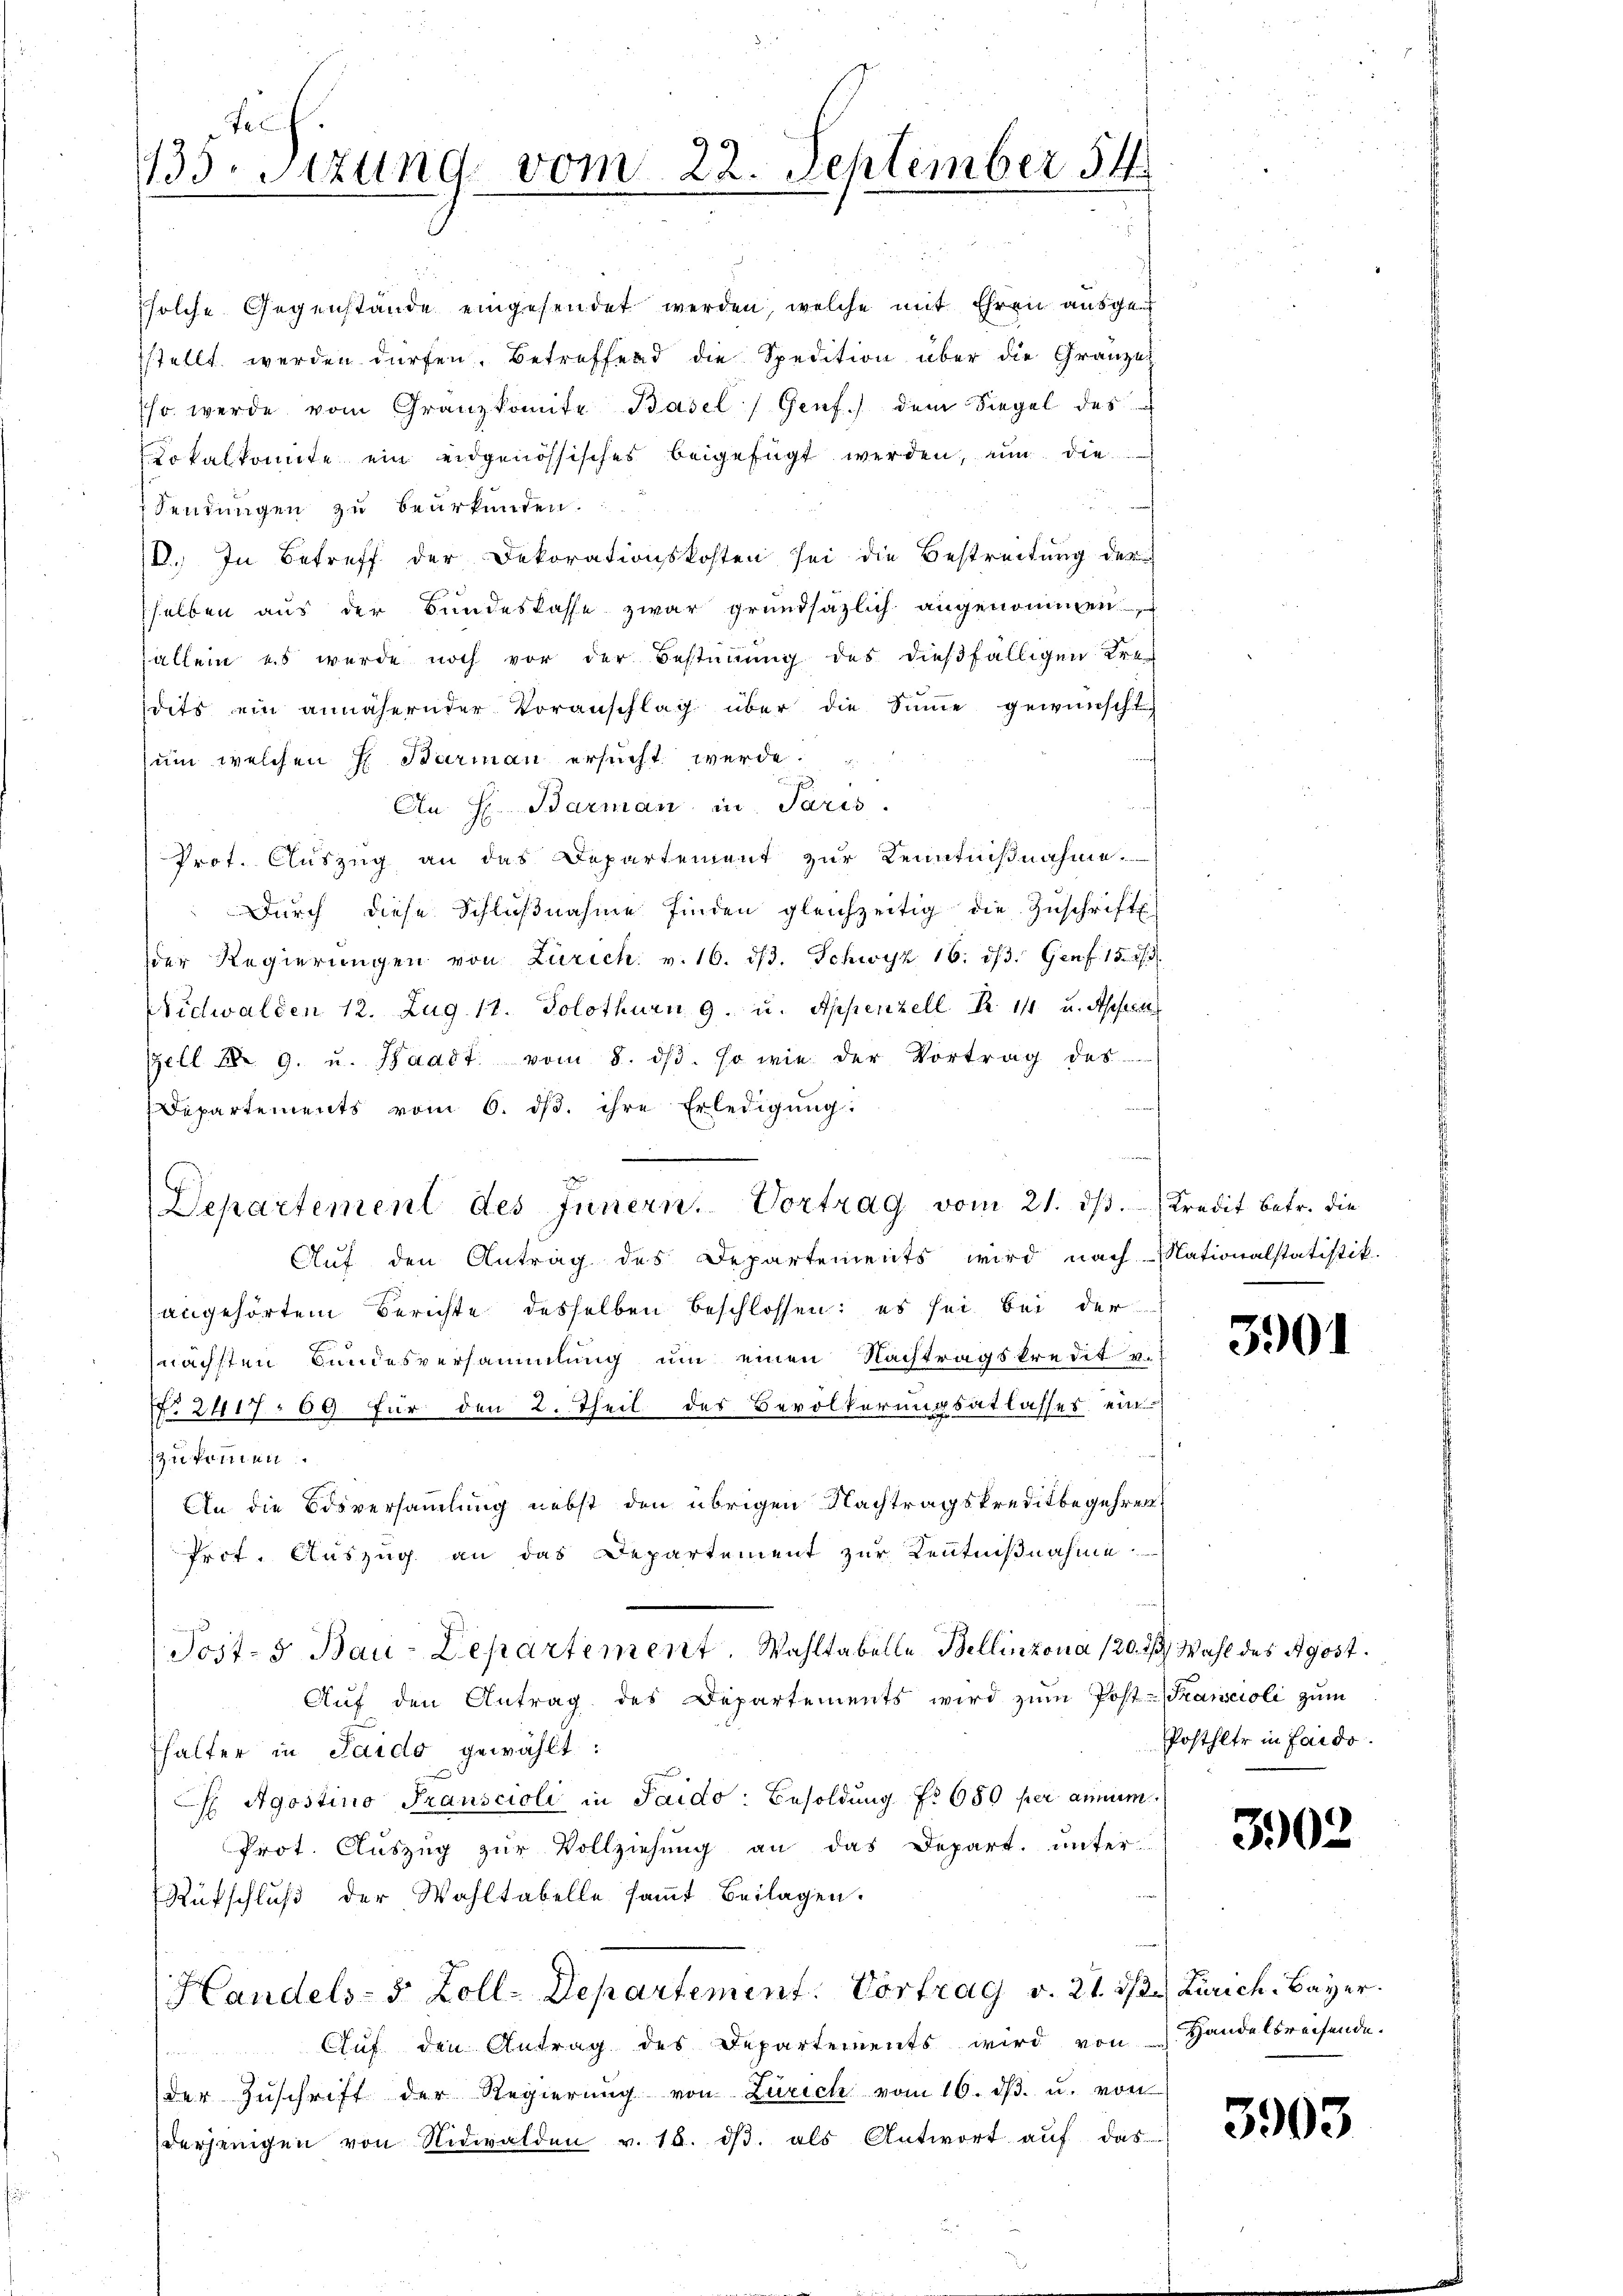
ssolche Gegenstände eingesendet werden, welche mit Ehren ausgesstellt werden dürfen. Betreffend die Spedition über die Gränze
hr werde vom Granzkomite Basel Genf.) dem Siegel des
Dokalkomite ein eidgenössisches beigefügt werden, um die
Sendungen zu beurkunden.
D. In Betreff der Dekorationskosten sei die Bestreitung der
sselben aus der Bundeskasse zwar grundsätzlich angenommen.
allein es wurde noch vor der Bestimmung des dießfälligen Kensdits ein annähernder Voranschlag über die Sinne gewünscht
um welchen H. Barmann ersucht werde.
An H. Barman in Paris.
Prot. Aŭszŭg an das Departement zŭr Kenntniβnahme.
Dŭrch diese Schlŭβnahme finden gleichzeitig die Zŭschrift
der Regierungen von Zürich. v. 16. dβ. Schwyz 16. 1/3. Genf 15. 273.
Nidwalden 12. Zug 17. Solothurn 9. u. Appenzell A. 14 u. Apferne
Gell No 9. u. Waadt vom 8. dβ. so wie der Vortrag des
Departements vom 6. dβ. ihre Erledigŭng:
Auf den Antrag des Departements wird nach Nationalstatistik.
angehörtem Berichte desselben beschlossen: es sei bei der
nächsten Bundesversammlung um einen Nachtragskredit v.
NNo. 2417. 69 für den 2. Theil des Bevölkerungsatlasses einzukommen.
An die Bdsversammlung nebst den übrigen Nachtragskreditbegehren
Prot. Auszug an das Departement zur Kenntnißnahme
Post- & Bau-Departement. Wahltabelle Bellinzona 120. 23. Wahl des Agost.
Auf den Antrag des Departements wird zŭm Post-Trancioli zum
fhalter in Saido gewählt:
 Agostino Transcioli in Saido: Besoldung No 650 per annum¬
Prot. Auszug zur Vollziehung an das Depart. unter-
Rufschluß der Wohltabelle samt Beilagen.
Handels- 5 Zoll-Departement. Vortrag v. 21. ds. Zürich. Bayer.
Auf den Antrag des Departements wird von Handelsreisende.
der Zŭschrift der Regierŭng von Zürich vom 16. dβ. u. von
derjenigen von Nidwalden v. 18. dβ. als Antwort auf das

Te
133. Sizung vom 22. September 54.

Departement des Innern. Vortrag vom 21. ds. Kredit betr. die

3901

Posthler in faido.

3902

3903